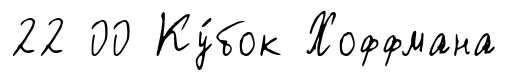
22 00 Ку́бок Хоффмана